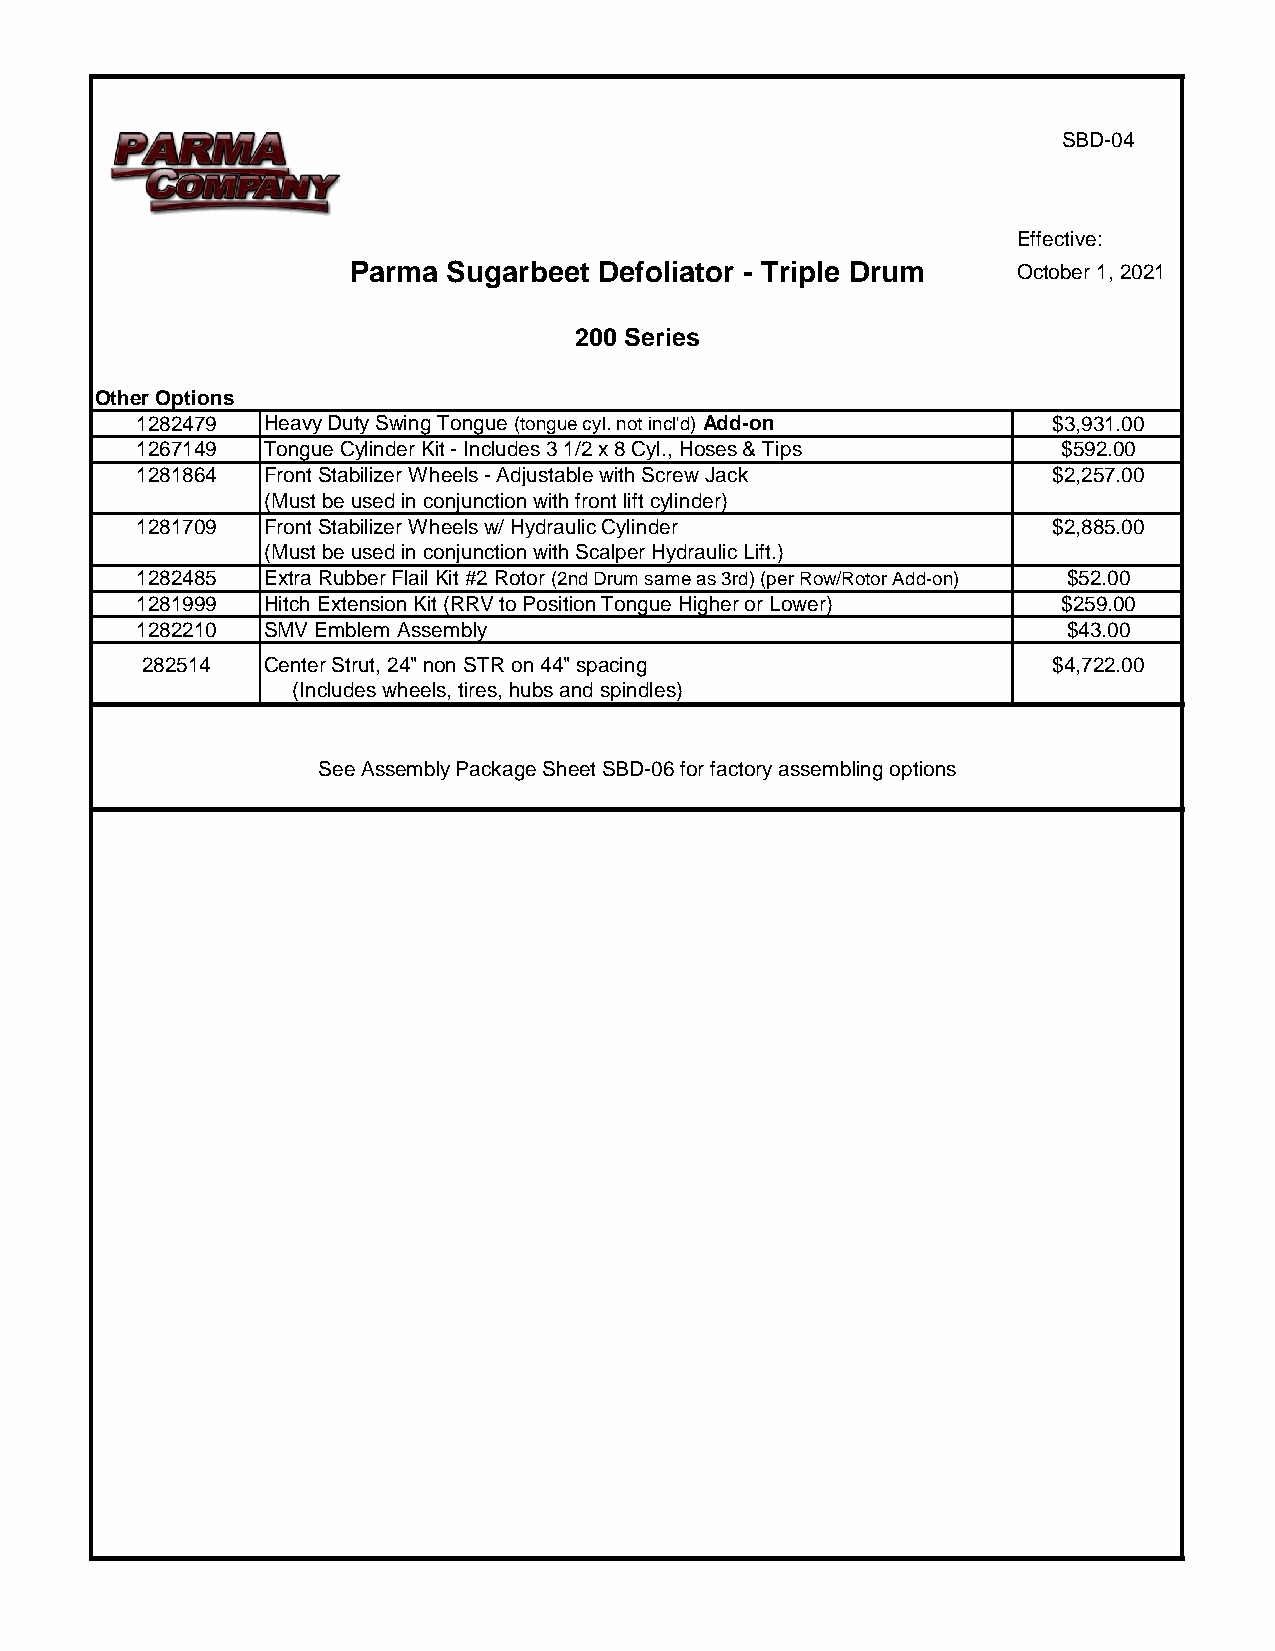
SBD-04
 Effective:
 Parma  Sugarbeet Defoliator - Triple Drum   October 1, 2021
 200 Series
 Other Options
 1282479 Heavy Duty Swing Tongue (tongue cyl. not incl'd) Add-on $3,931.00
 1267149 Tongue Cylinder Kit - Includes 3 1/2 x 8 Cyl., Hoses & Tips $592.00
 1281864 Front Stabilizer Wheels - Adjustable with Screw Jack $2,257.00
 (Must be used in conjunction with front lift cylinder)
 1281709 Front Stabilizer Wheels w/ Hydraulic Cylinder        $2,885.00
 (Must be used in conjunction with Scalper Hydraulic Lift.)
 1282485 Extra Rubber Flail Kit #2 Rotor (2nd Drum same as 3rd) (per Row/Rotor Add-on) $52.00
 1281999 Hitch Extension Kit (RRV to Position Tongue Higher or Lower) $259.00
 1282210 SMV Emblem Assembly                                   $43.00
 282514  Center Strut, 24" non STR on 44" spacing             $4,722.00
 (Includes wheels, tires, hubs and spindles)
 See Assembly Package Sheet SBD-06 for factory assembling options